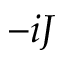
- i J